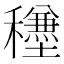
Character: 𥣺